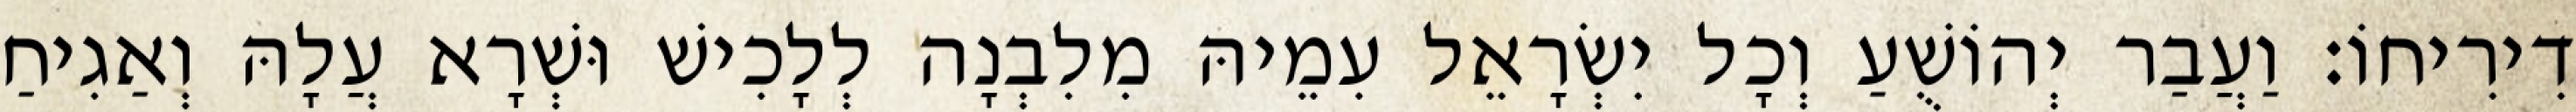
דִירִיחוֹ׃ וַעֲבַר יְהוֹשֻׁעַ וְכָל יִשְׂרָאֵל עִמֵיהּ מִלִבְנָה לְלָכִישׁ וּשְׁרָא עֲלָהּ וְאַגִיחַ